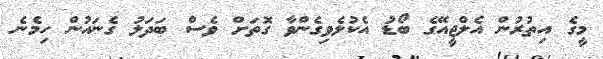
މީގެ އިތުރުން އެލްޖީއޭގެ ބޯޑު އެކުލެވިގެންވާ ގޮތަށް ވެސް ބަދަލު ގެނައުން ހިމެނެ